Report of an investigation into the causes of the diseases known in Assam as Kála-Azár and Beri-Beri
Disease focus: Beri-Beri
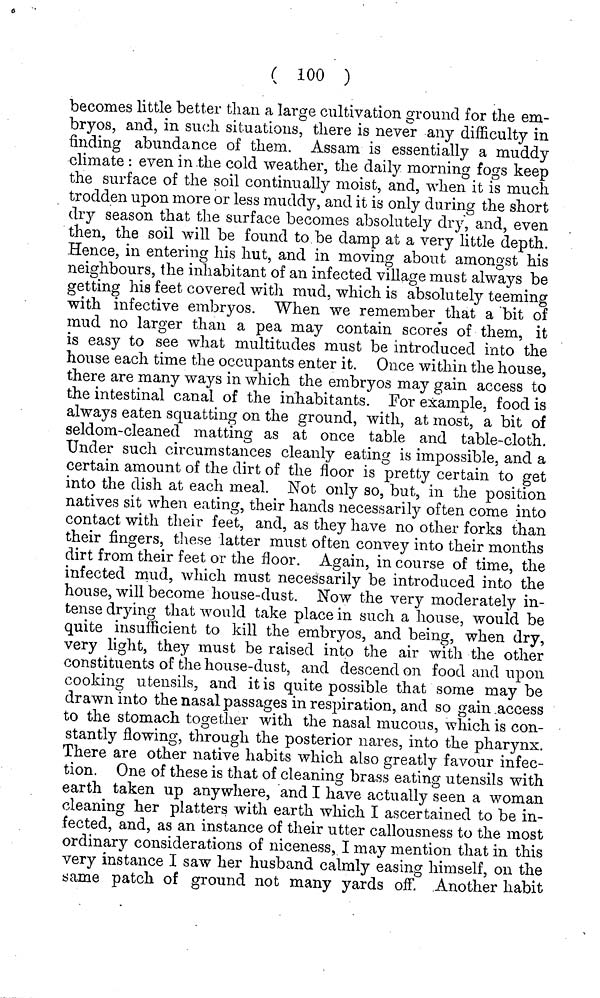
( 100 )
becomes little better tlian a large cultivation ground for the em-
bryos, and, in such situations, there is never any difficulty in
finding abundance of them. Assam is essentially a muddy
climate : even in the cold weather, the daily morning fogs keep
the surface of the soil continually moist, and, when it is much
trodden upon more or less muddy, and it is only during the short
dry season that the surface becomes absolutely dry, and, even
then, the soil will be found to be damp at a very little depth.
Hence, in entering his hut, and in moving about amongst his
neighbours, the inhabitant of an infected village must always be
getting his feet covered with mud, which is absolutely teeming
with infective embryos. When we remember that a bit of
mud no larger than a pea may contain score's of them, it
is easy to see what multitudes must be introduced into the
house each time the occupants enter it. Once within the house,
there are many ways in which the embryos may gain access to
the intestinal canal of the inhabitants. For example, food is
always eaten squatting on the ground, with, at most, a bit of
seldom-cleaned matting as at once table and table-cloth.
Under such circumstances cleanly eating is impossible, and a
certain amount of the dirt of the floor is pretty certain to get
into the dish at each meal. Not only so, but, in the position
natives sit when eating, their hands necessarily often come into
contact with their feet, and, as they have no other forks than
their fingers, these latter must often convey into their months
dirt from their feet or the floor. Again, in course of time, the
infected mud, which must necessarily be introduced into the
house, will become house-dust. Now the very moderately in-
tense drying that would take place in such a house, would be
quite insufficient to kill the embryos, and being, when dry,
very light, they must be raised into the air with the other
constituents of the house-dust, and descend on food and upon
cooking utensils, and it is quite possible that some may be
drawn into the nasal passages in respiration, and so gain access
to the stomach together with the nasal mucous, which is con-
stantly flowing, through the posterior nares, into the pharynx.
There are other native habits which also greatly favour infec-
tion. One of these is that of cleaning brass eating utensils with
earth taken up anywhere, and I have actually seen a woman
cleaning her platters with earth which I ascertained to be in-
fected, and, as an instance of their utter callousness to the most
ordinary considerations of niceness, I may mention that in this
very instance I saw her husband calmly easing himself, on the
same patch of ground not many yards off. Another habit